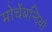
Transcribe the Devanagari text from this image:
मोर्चेबन्दियों